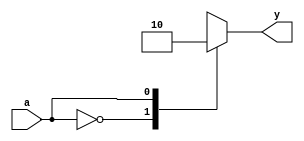
module not_behavior(y,a);
output y;
input a;
reg y; 
always @ (a)
begin 
case ({a})
2'b0: begin y = 1; end 
2'b1: begin y = 0; end
endcase
end
endmodule